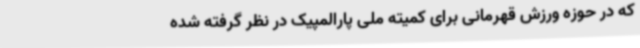
که در حوزه ورزش قهرمانی برای کمیته ملی پارالمپیک در نظر گرفته شده